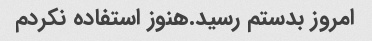
امروز بدستم رسید.هنوز استفاده نکردم